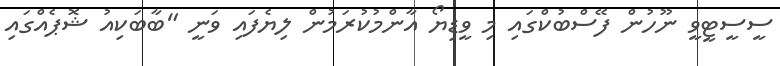
ސީސީޓީވީ ނޫހުން ފޭސްބުކްގައި މި ވީޑިޔޯ އާންމުކުރަމުން ލިޔެފައި ވަނީ "ބާބަކިއު ޝޮޕެއްގައި